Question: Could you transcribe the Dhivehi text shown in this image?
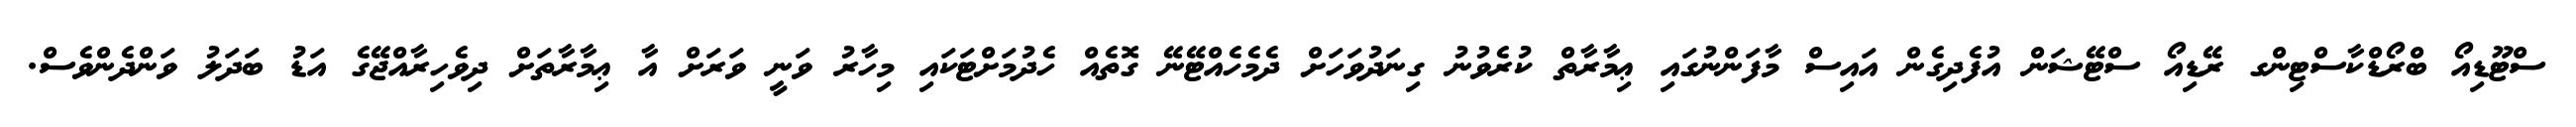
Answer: ސްޓޫޑިއޯ ބްރޯޑްކާސްޓިންގ ރޭޑިއޯ ސްޓޭޝަން އުފެދިގެން އައިސް މާފަންނުގައި ޢިމާރާތް ކުރެވުނު ގިނަދުވަހަށް ދެމެހެއްޓޭނޭ ގޮތެއް ހެދުމަށްޓަކައި މިހާރު ވަނީ ވަރަށް އާ ޢިމާރާތަށް ދިވެހިރާއްޖޭގެ އަޑު ބަދަލު ވަންދެންވެސް.